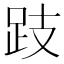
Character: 跂